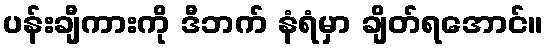
ပန်းချီကားကို ဒီဘက် နံရံမှာ ချိတ်ရအောင်။